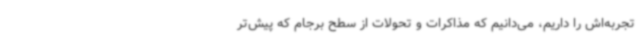
تجربه‌اش را داریم، می‌دانیم که مذاکرات و تحولات از سطح برجام که پیش‌تر